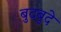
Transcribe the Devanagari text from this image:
बुदबुदे